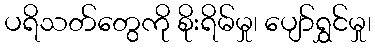
ပရိသတ်တွေကို စိုးရိမ်မှု၊ ပျော်ရွှင်မှု၊